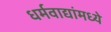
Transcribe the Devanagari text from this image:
धर्मवाद्यांमध्ये